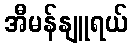
အီမန်နျူရယ်